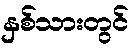
နှစ်သားတွင်